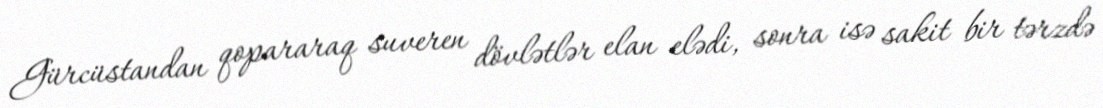
Gürcüstandan qopararaq suveren dövlətlər elan elədi, sonra isə sakit bir tərzdə